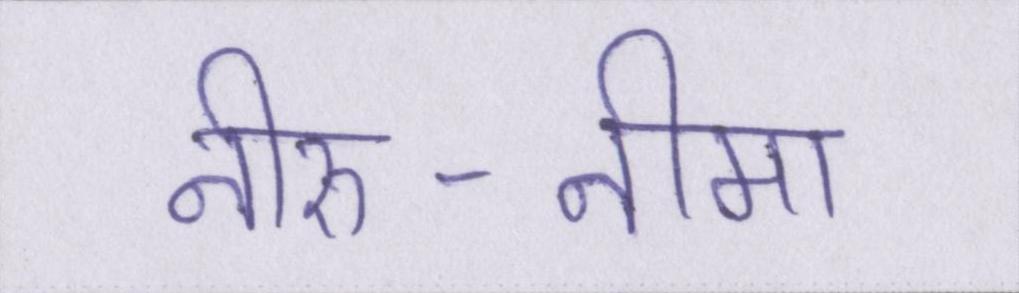
नीरु-नीमा